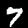
Digit: 7